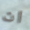
ان